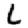
Digit: 6